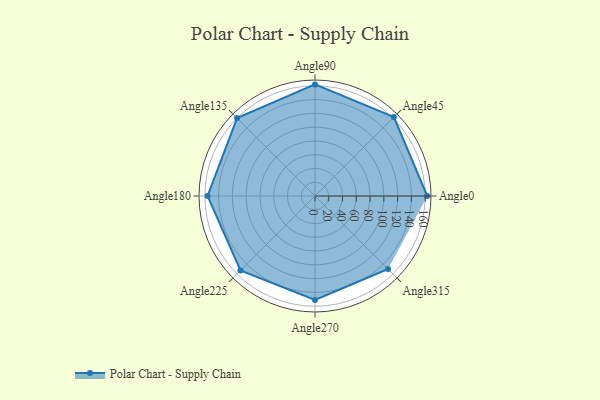
{"axis": {"x": "Angle", "y": "Radius"}, "legend": [""], "data": [{"x": "Angle0", "y": 163.0, "type": ""}, {"x": "Angle45", "y": 162.0, "type": ""}, {"x": "Angle90", "y": 162.0, "type": ""}, {"x": "Angle135", "y": 160.0, "type": ""}, {"x": "Angle180", "y": 156.0, "type": ""}, {"x": "Angle225", "y": 153.0, "type": ""}, {"x": "Angle270", "y": 151.0, "type": ""}, {"x": "Angle315", "y": 150.0, "type": ""}]}